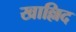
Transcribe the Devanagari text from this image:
खाल्लिद